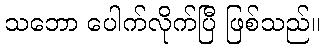
သဘော ပေါက်လိုက်ပြီ ဖြစ်သည်။